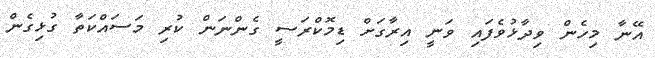
އޭނާ މިހެން ވިދާޅުވެފައި ވަނީ އިރާގަށް ޑިމޮކްރަސީ ގެންނަން ކުރި މަސައްކަތާ ގުޅިގެން